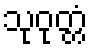
သုဝုတ္တံ